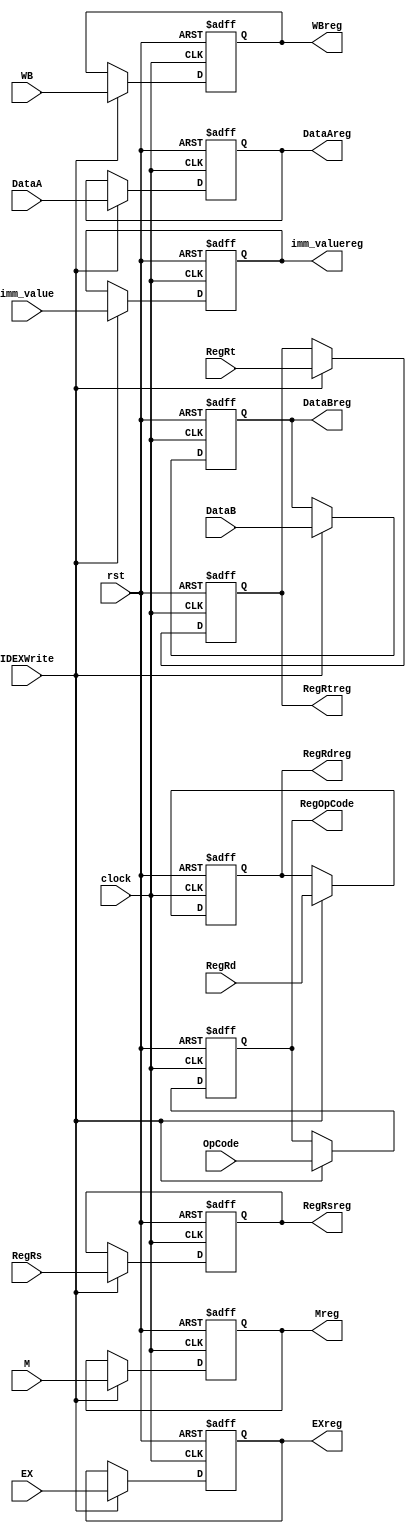
module IDEX(clock,rst, WB,M,EX,DataA,DataB,imm_value,
	RegRs,RegRt,RegRd, OpCode, IDEXWrite,
	WBreg,Mreg,EXreg,DataAreg,
DataBreg,imm_valuereg,RegRsreg,RegRtreg,RegRdreg, RegOpCode);
input clock;
input rst;
input [1:0] WB;
input [2:0] M;
input [3:0] EX;
input [4:0] RegRs,RegRt,RegRd;
input [31:0] DataA,DataB,imm_value;
input [5:0] OpCode;
input IDEXWrite;
output [1:0] WBreg;
output [2:0] Mreg;
output [3:0] EXreg;
output [4:0] RegRsreg,RegRtreg,RegRdreg;
output [31:0] DataAreg,DataBreg,imm_valuereg;
output [5:0] RegOpCode;

reg [5:0] RegOpCode;
reg [1:0] WBreg;
reg [2:0] Mreg;
reg [3:0] EXreg;
reg [31:0] DataAreg,DataBreg,imm_valuereg;
reg [4:0] RegRsreg,RegRtreg,RegRdreg;


always@(posedge clock, posedge rst)
begin
	if (rst)
	begin 
		WBreg = 0;
		Mreg = 0;
		EXreg = 0;
		DataAreg = 0;
		DataBreg = 0;
		imm_valuereg = 0;
		RegRsreg = 0;
		RegRtreg = 0;
		RegRdreg = 0;
		RegOpCode = 0;
	end
	else
	begin
		if(IDEXWrite)
		begin
			WBreg <= WB;
			Mreg <= M;
			EXreg <= EX;
			DataAreg <= DataA;
			DataBreg <= DataB;
			imm_valuereg <= imm_value;
			RegRsreg <= RegRs;
			RegRtreg <= RegRt;
			RegRdreg <= RegRd;
			RegOpCode <= OpCode;
		end
	end
end

endmodule